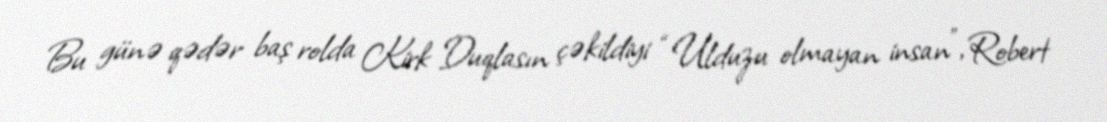
Bu günə qədər baş rolda Kirk Duqlasın çəkildiyi “Ulduzu olmayan insan”, Robert